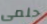
حلمى